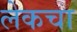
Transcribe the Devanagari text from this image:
लेकचा